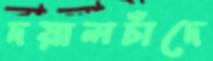
দয়ালচাঁদে